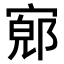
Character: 𫳨